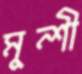
মুন্শী